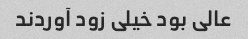
عالی بود خیلی زود آوردند